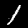
Label: 1